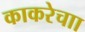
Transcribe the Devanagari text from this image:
काकरेचाा